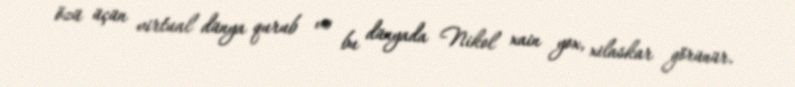
özü üçün virtual dünya qurub və bu dünyada Nikol xain yox, xilaskar görünür.